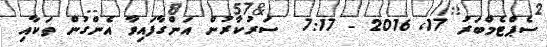
ސެޕްޓެމްބަރު 17